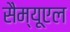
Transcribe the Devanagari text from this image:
सैम्‍यूएल